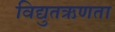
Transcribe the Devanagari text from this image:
विद्युतऋणता